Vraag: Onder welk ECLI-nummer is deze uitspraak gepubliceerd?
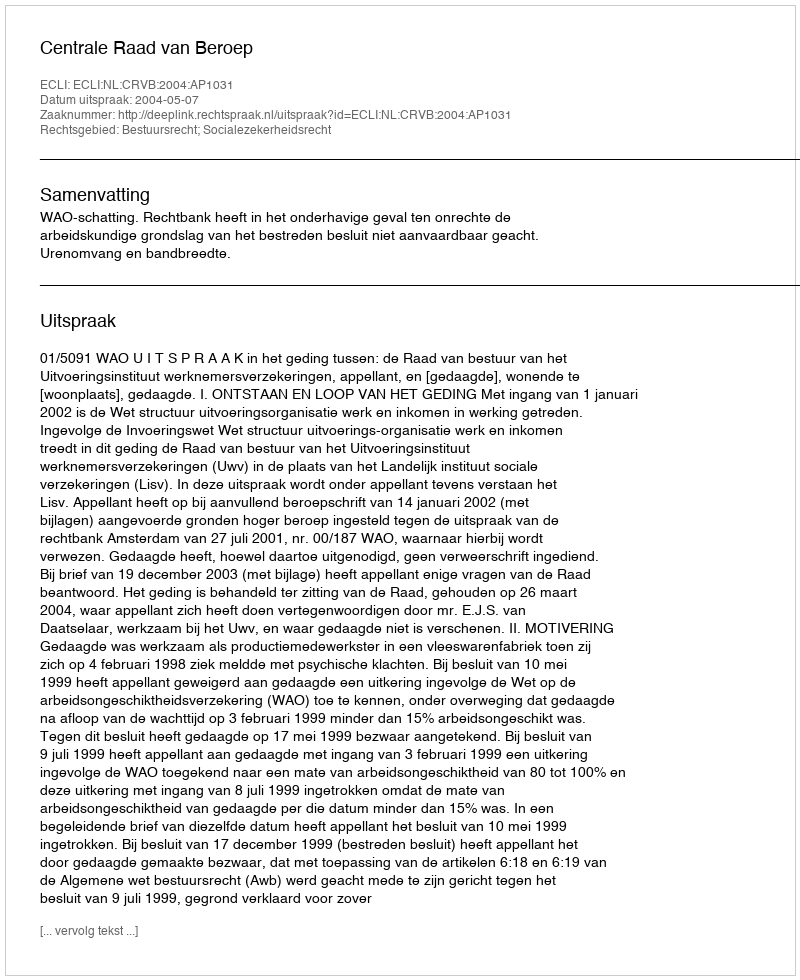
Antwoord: ECLI:NL:CRVB:2004:AP1031